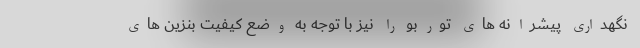
نگهداری پیشرانه‌ های توربو را نیز با توجه به وضع کیفیت بنزین ‌های